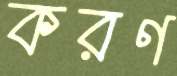
করণ